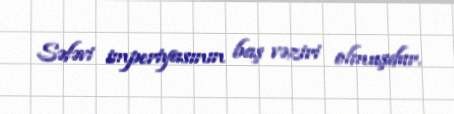
Səfəvi imperiyasının baş vəziri olmuşdur.